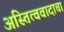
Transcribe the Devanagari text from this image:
अस्तित्ववादाचा